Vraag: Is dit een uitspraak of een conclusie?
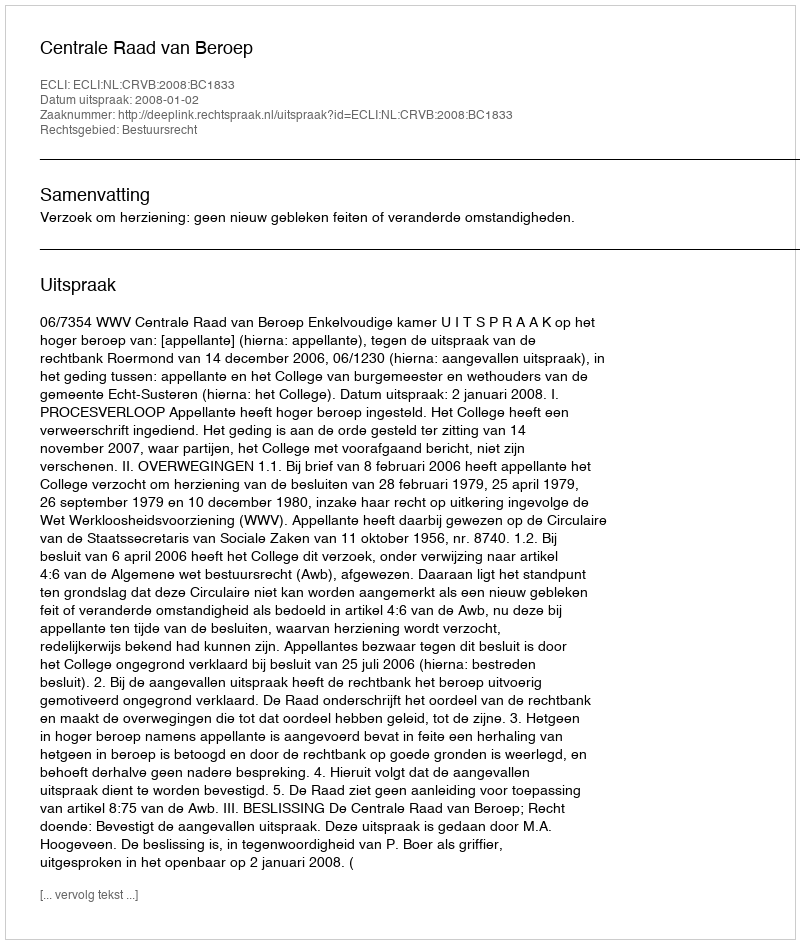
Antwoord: Uitspraak